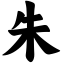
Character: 朱